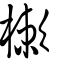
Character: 樕